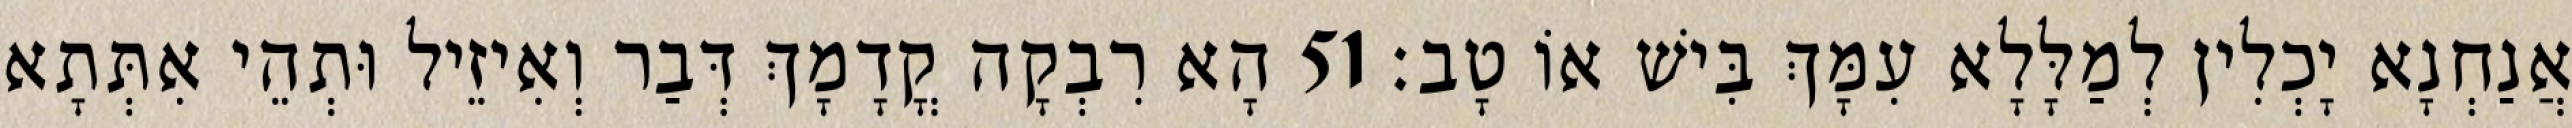
אֲנַחְנָא יָכְלִין לְמַלָּלָא עִמָּךְ בִּישׁ אוֹ טָב׃ 51 הָא רִבְקָה קֳדָמָךְ דְּבַר וְאִיזֵיל וּתְהֵי אִתְּתָא